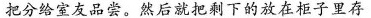
把分给室友品尝。然后就把剩下的放在柜子里存